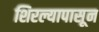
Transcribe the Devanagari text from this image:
शिरल्यापासून